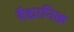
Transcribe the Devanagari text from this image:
वैद्यानिक